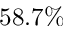
5 8 . 7 \%